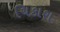
ચિકાશ